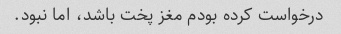
درخواست کرده بودم مغز پخت باشد، اما نبود.